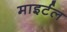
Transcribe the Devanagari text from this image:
माइर्टल